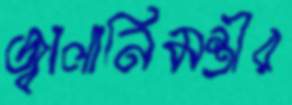
জ্বালানিমন্ত্রীর